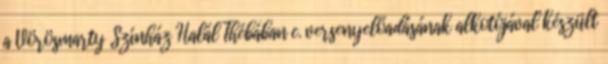
a Vörösmarty Színház Halál Thébában c. versenyelőadásának alkotójával készült